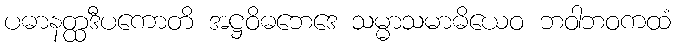
ပဓာနတ္ထဒီပကောတိ အဋ္ဌဝိဓဘေဒေ သမ္မာသမာဓိယေဝ ဘဝါဘဝကထံ